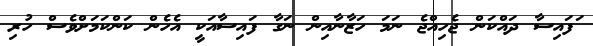
ަފައިސާ ދައްކަން ޖެހިއްޖެ ނަމަ ހަޒާނާއިން ނަގާ ފައިސާއަކީ އެހެން ކަންކަމަށްވެސް ހުރި